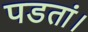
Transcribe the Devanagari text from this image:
पडतां।